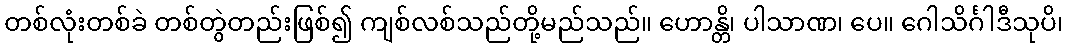
တစ်လုံးတစ်ခဲ တစ်တွဲတည်းဖြစ်၍ ကျစ်လစ်သည်တို့မည်သည်။ ဟောန္တိ၊ ပါသာဏ၊ ပေ။ ဂေါသိင်္ဂါဒီသုပိ၊